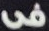
فى